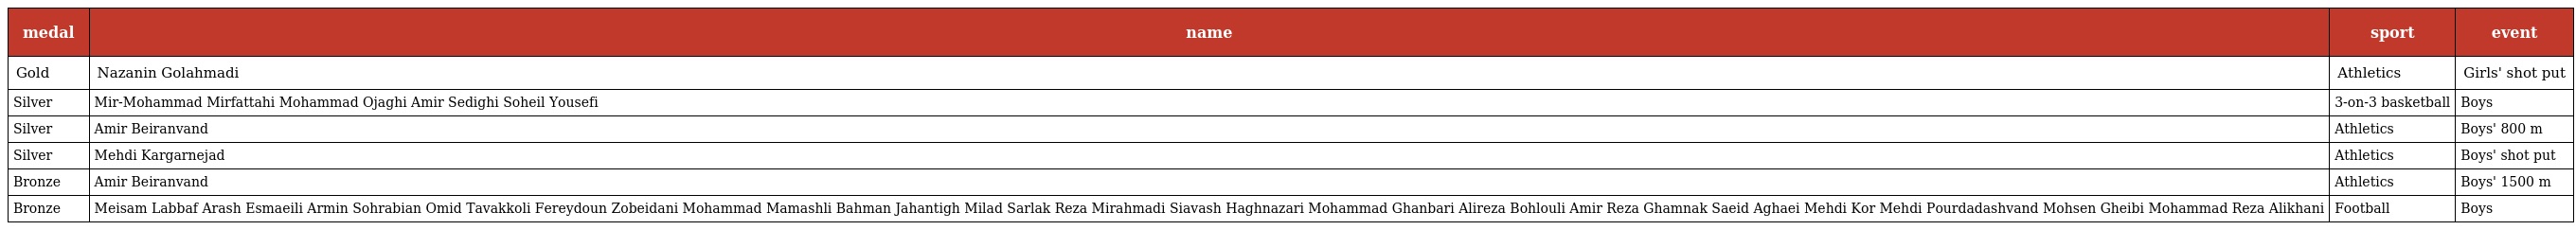
| medal | name | sport | event |
 | --- | --- | --- | --- |
 | Gold | Nazanin Golahmadi | Athletics | Girls' shot put |
 | Silver | Mir-Mohammad Mirfattahi Mohammad Ojaghi Amir Sedighi Soheil Yousefi | 3-on-3 basketball | Boys |
 | Silver | Amir Beiranvand | Athletics | Boys' 800 m |
 | Silver | Mehdi Kargarnejad | Athletics | Boys' shot put |
 | Bronze | Amir Beiranvand | Athletics | Boys' 1500 m |
 | Bronze | Meisam Labbaf Arash Esmaeili Armin Sohrabian Omid Tavakkoli Fereydoun Zobeidani Mohammad Mamashli Bahman Jahantigh Milad Sarlak Reza Mirahmadi Siavash Haghnazari Mohammad Ghanbari Alireza Bohlouli Amir Reza Ghamnak Saeid Aghaei Mehdi Kor Mehdi Pourdadashvand Mohsen Gheibi Mohammad Reza Alikhani | Football | Boys |